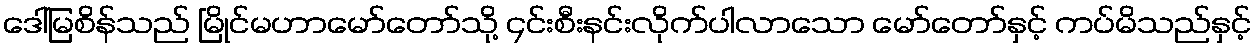
ဒေါ်မြစိန်သည် မြိုင်မဟာမော်တော်သို့ ၄င်းစီးနင်းလိုက်ပါလာသော မော်တော်နှင့် ကပ်မိသည်နှင့်